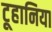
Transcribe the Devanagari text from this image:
टूहानिया